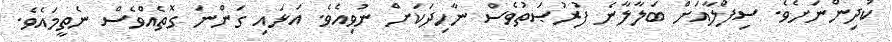
ކުދިންނަށެވެ. ސިފްލާއަށް ބަލާލާނެ ފުރުޞަތުވެސް ނާހިދަކަށް ނުވިއެވެ. އަޅައި ގަންނަ ގޮތެއްވެސް ނެތީމައެވެ.